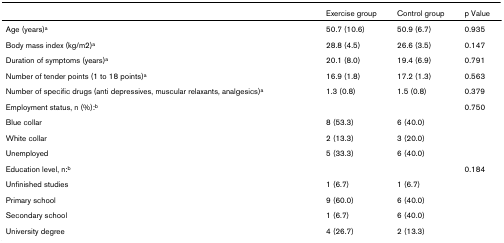
|  | Exercise group | Control group | p Value |
 | --- | --- | --- | --- |
 | Age (years)a | 50.7 (10.6) | 50.9 (6.7) | 0.935 |
 | Body mass index (kg/m2)a | 28.8 (4.5) | 26.6 (3.5) | 0.147 |
 | Duration of symptoms (years)a | 20.1 (8.0) | 19.4 (6.9) | 0.791 |
 | Number of tender points (1 to 18 points)a | 16.9 (1.8) | 17.2 (1.3) | 0.563 |
 | Number of specific drugs (anti depressives, muscular relaxants, analgesics)a | 1.3 (0.8) | 1.5 (0.8) | 0.379 |
 | Employment status, n (%):b |  |  | 0.750 |
 | Blue collar | 8 (53.3) | 6 (40.0) |  |
 | White collar | 2 (13.3) | 3 (20.0) |  |
 | Unemployed | 5 (33.3) | 6 (40.0) |  |
 | Education level, n:b |  |  | 0.184 |
 | Unfinished studies | 1 (6.7) | 1 (6.7) |  |
 | Primary school | 9 (60.0) | 6 (40.0) |  |
 | Secondary school | 1 (6.7) | 6 (40.0) |  |
 | University degree | 4 (26.7) | 2 (13.3) |  |